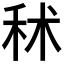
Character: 秫